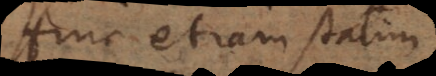
Hinc etiam statim